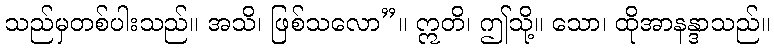
သည်မှတစ်ပါးသည်။ အသိ၊ ဖြစ်သလော”။ ဣတိ၊ ဤသို့။ သော၊ ထိုအာနန္ဒာသည်။